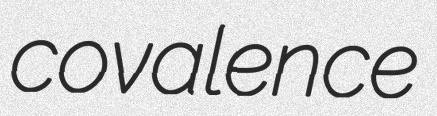
covalence